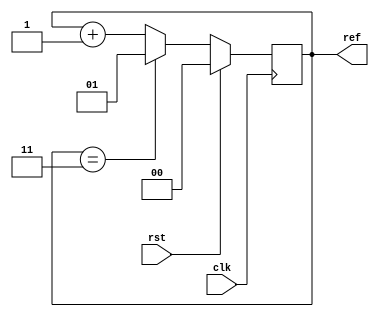
`timescale 1ns / 1ps
//////////////////////////////////////////////////////////////////////////////////
// Company: 
// Engineer: 
// 
// Design Name: 
// Module Name: RefreshCounter
// Project Name: 
// Target Devices: 
// Tool Versions: 
// Description: 
// 
// Dependencies: 
// 
// Revision:
// Revision 0.01 - File Created
// Additional Comments:
// 
//////////////////////////////////////////////////////////////////////////////////


module RefreshCounter(clk,rst,ref);
input clk,rst;
output reg[1:0] ref;

always@(posedge clk)
begin
if(rst) ref<=0;
else
begin
if(ref==3) ref<=1;
else ref<=ref+1;
end
end

























endmodule